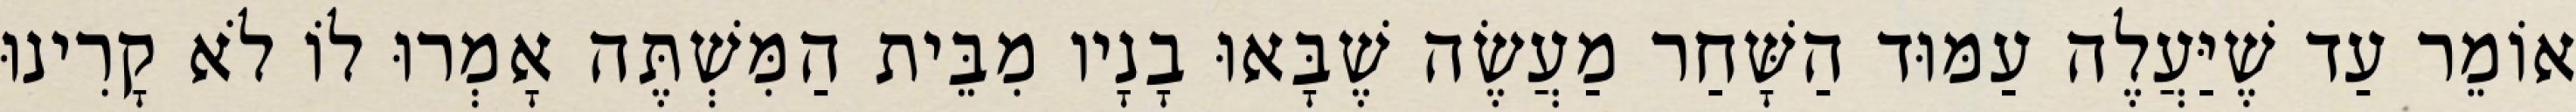
אוֹמֵר עַד שֶׁיַּעֲלֶה עַמּוּד הַשָּׁחַר מַעֲשֶׂה שֶׁבָּאוּ בָנָיו מִבֵּית הַמִּשְׁתֶּה אָמְרוּ לוֹ לֹא קָרִינוּ